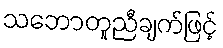
သဘောတူညီချက်ဖြင့်